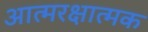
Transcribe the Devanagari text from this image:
आत्मरक्षात्मक